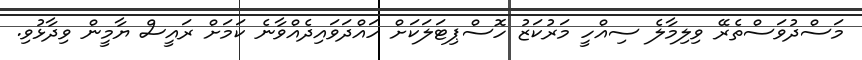
މަސްދުވަސްތެރޭ ވިލިމާލެ ސިއްހީ މަރުކަޒު ހޮސްޕިޓަލަކަށް ހައްދަވައިދެއްވާނެ ކަމަށް ރައީސް ޔާމީން ވިދާޅުވި.